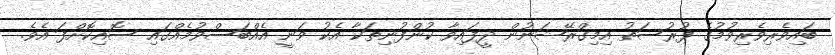
ބައިވެރިވެރިވުމުގެ ފުރުސަތު އިމިގްރޭޝަނުން ދީފައިވާ ކުންފުނިތަކާ އެކު ވަނީ އެއްބަސްވުމެއްގައި ސޮއިކޮށްފަ އެވެ.